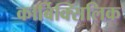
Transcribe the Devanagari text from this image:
कार्बिक्सिलिक